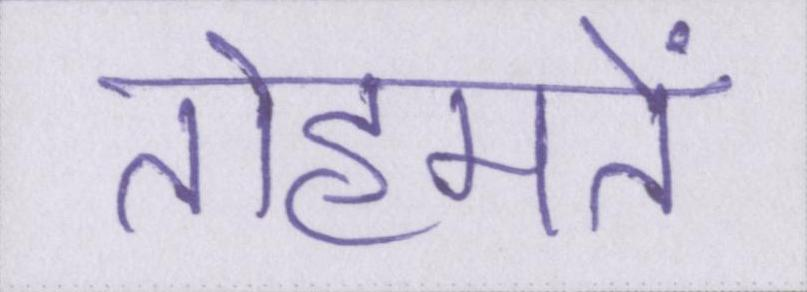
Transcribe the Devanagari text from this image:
तोहमतें